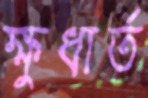
ক্ষুধার্ত